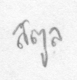
สตูล